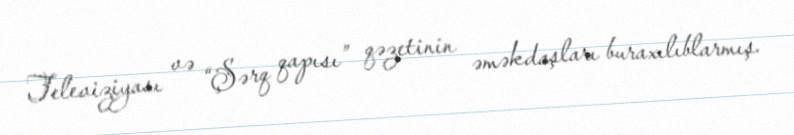
Televiziyası və “Şərq qapısı” qəzetinin əməkdaşları buraxılıblarmış.